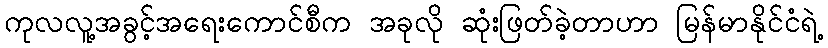
ကုလလူ့အခွင့်အရေးကောင်စီက အခုလို ဆုံးဖြတ်ခဲ့တာဟာ မြန်မာနိုင်ငံရဲ့